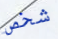
شخص